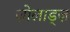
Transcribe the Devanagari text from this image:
ज़ोलाड्ज़